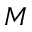
M